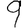
Digit: 9